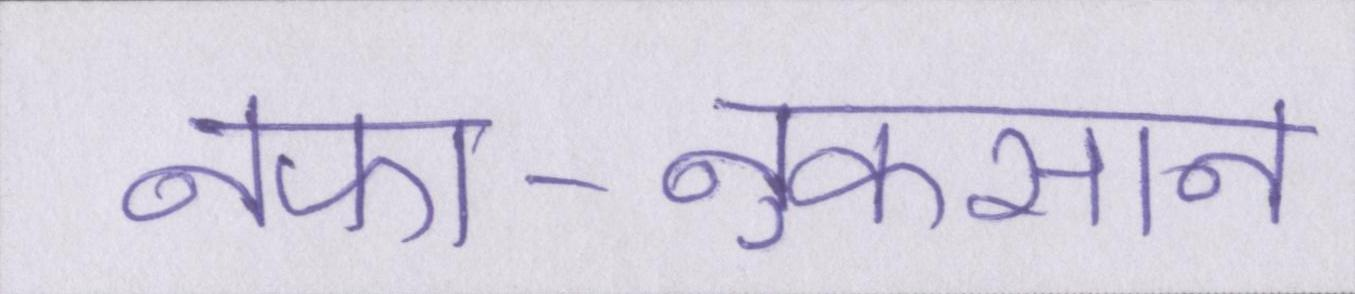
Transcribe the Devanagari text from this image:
नफा-नुकसान